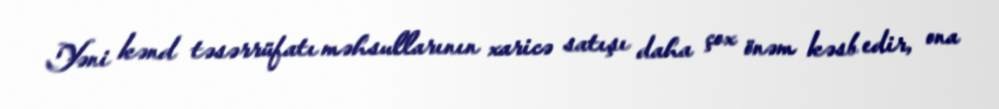
Yəni kənd təsərrüfatı məhsullarının xaricə satışı daha çox önəm kəsb edir, ona